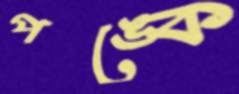
পঙ্কে